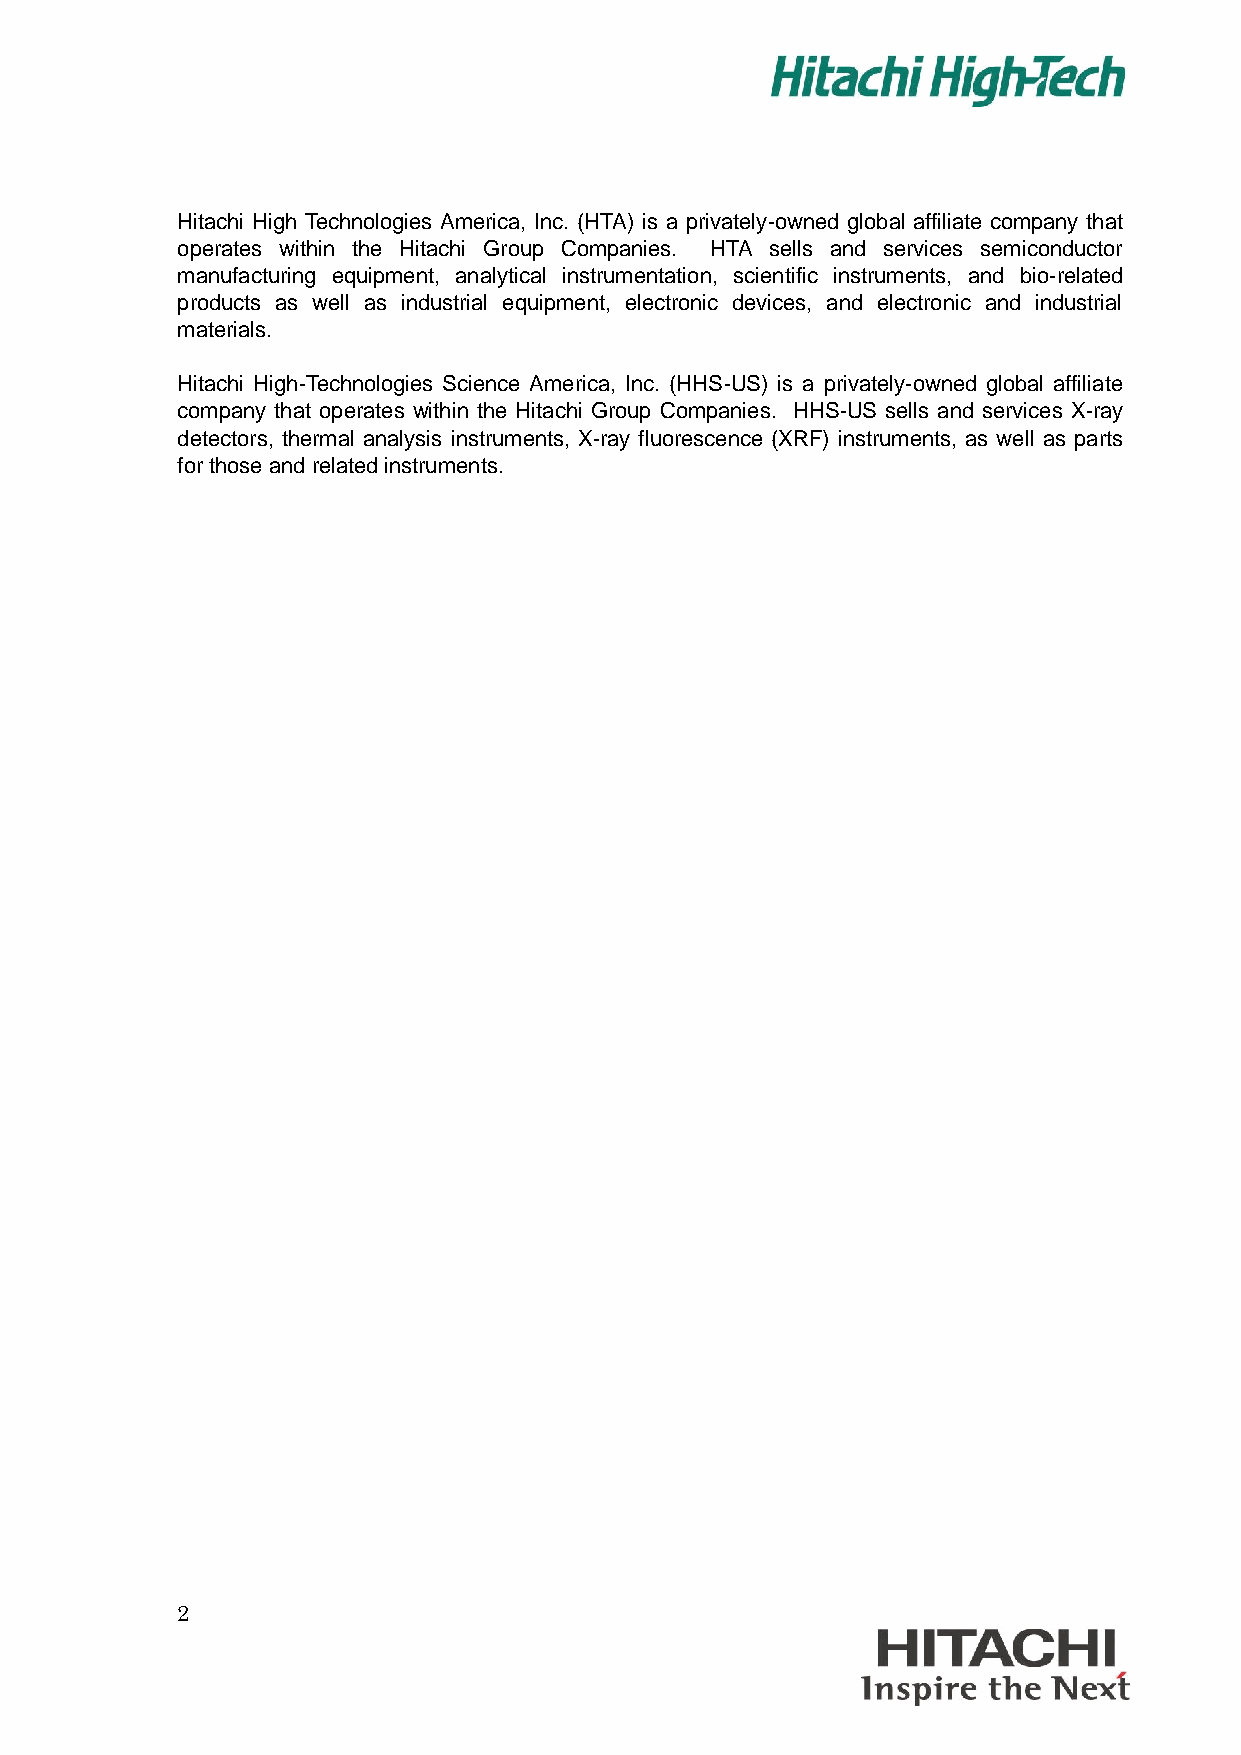
Hitachi High Technologies America, Inc. (HTA) is a privately-owned global affiliate company that
 operates within the Hitachi Group Companies. HTA sells and services semiconductor
 manufacturing equipment, analytical instrumentation, scientific instruments, and bio-related
 products as well as industrial equipment, electronic devices, and electronic and industrial
 materials.
 Hitachi High-Technologies Science America, Inc. (HHS-US) is a privately-owned global affiliate
 company that operates within the Hitachi Group Companies. HHS-US sells and services X-ray
 detectors, thermal analysis instruments, X-ray fluorescence (XRF) instruments, as well as parts
 for those and related instruments.
 2